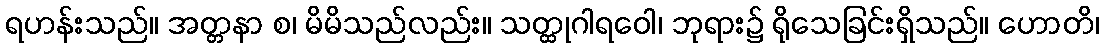
ရဟန်းသည်။ အတ္တနာ စ၊ မိမိသည်လည်း။ သတ္ထုဂါရဝေါ၊ ဘုရား၌ ရိုသေခြင်းရှိသည်။ ဟောတိ၊